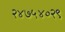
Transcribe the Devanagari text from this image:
२४७५४०२९